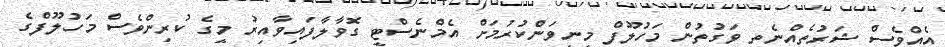
އެއްވެސް ޝަރުތެއްނެތި ވަގުތުން މަހުލޫފް މިނިވަންކުރުމަށް އެމްނެސްޓީ ގޮވާލާފައިވާއިރު މީގެ ކުރިންވެސް މަހުލޫފްގެ